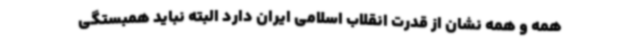
همه و همه نشان از قدرت انقلاب اسلامی ایران دارد البته نباید همبستگی